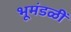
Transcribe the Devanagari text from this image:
भूमंडळीं